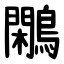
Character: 鷴